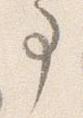
事